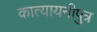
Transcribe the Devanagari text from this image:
कात्यायनीपुत्र